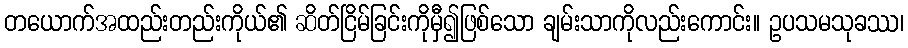
တယောက်အထည်းတည်းကိုယ်၏ ဆိတ်ငြိမ်ခြင်းကိုမှီ၍ဖြစ်သော ချမ်းသာကိုလည်းကောင်း။ ဥပသမသုခဿ၊